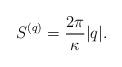
LaTeX: \begin{align*}S^{(q)} = {2\pi \over \kappa} |q|.\end{align*}